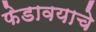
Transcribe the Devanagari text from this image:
फेडावयाचे